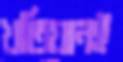
খতিয়ানই